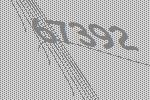
67392